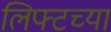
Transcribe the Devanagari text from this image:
लिफ्टच्या